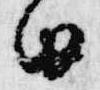
由